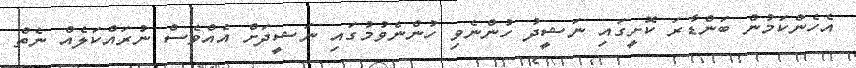
އެހެންކަމުން ބަންޑާރަ ކޮށީގައި ނަޝީދު ހުންނެވި ހުންނެވުމުގައި ނަޝީދަށް އެއްވެސް ނުރައްކަލެއް ނެތް